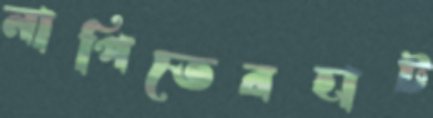
নাপিতেরহাট